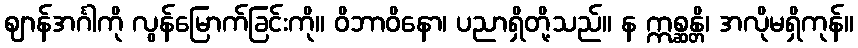
ဈာန်အင်္ဂါကို လွန်မြောက်ခြင်းကို။ ဝိဘာဝိနော၊ ပညာရှိတို့သည်။ န ဣစ္ဆန္တိ၊ အလိုမရှိကုန်။